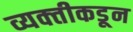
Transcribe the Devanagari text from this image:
व्यक्‍तीकडून